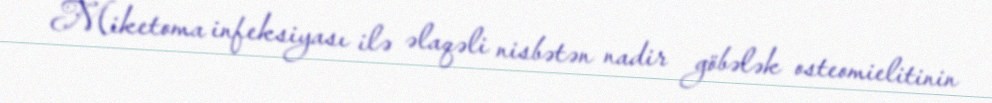
Miketoma infeksiyası ilə əlaqəli nisbətən nadir göbələk osteomielitinin